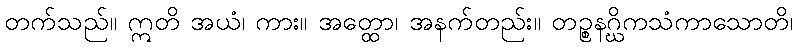
တက်သည်။ ဣတိ အယံ၊ ကား။ အတ္ထော၊ အနက်တည်း။ တဉ္စနဂ္ဃိကသံကာသောတိ၊